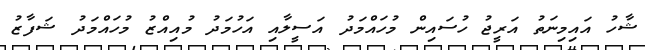
ޝާހު އައިމިނަތު އަރީޖު ހުސައިން މުހައްމަދު އަސީލާއި އަހުމަދު މުއިއްޒު މުހައްމަދު ޝަފާޒު